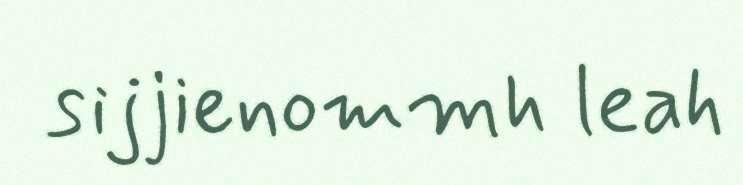
sijjienommh leah